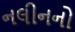
નલીનનો